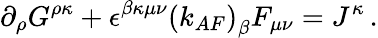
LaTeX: \partial_{\rho}G^{\rho\kappa}+\epsilon^{\beta\kappa\mu\nu}\left(k_{AF}\right)_{\beta}F_{\mu\nu}=J^{\kappa}\, .